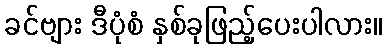
ခင်ဗျား ဒီပုံစံ နှစ်ခုဖြည့်ပေးပါလား။